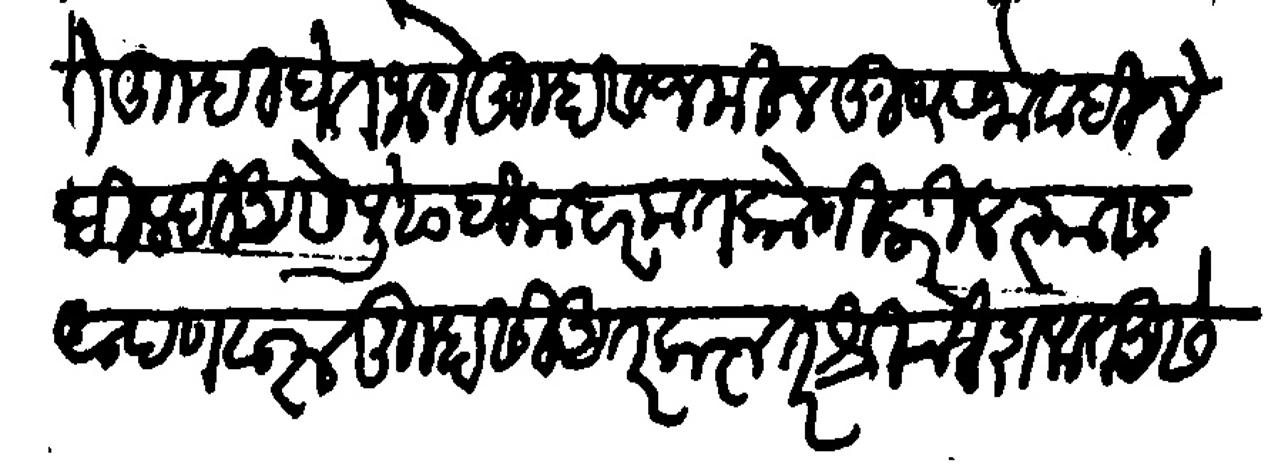
Transliteration (Devanagari): ते तुम्ही घेत जाणे तुम्हास जमिन खुष रजावंदीने दिल्ही आसे पुढे हिला हरकत तुम्हासी कोण्ही करिल त्यास आपण वारु तुम्हासी अंतर करू तर श्रीची शफत आसे